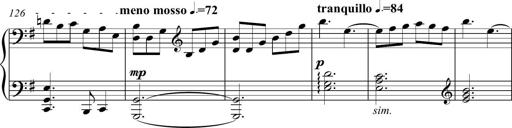
Title: Piano Sonatina in A major
Composer: Z Q Sysmoebius
Key: A major